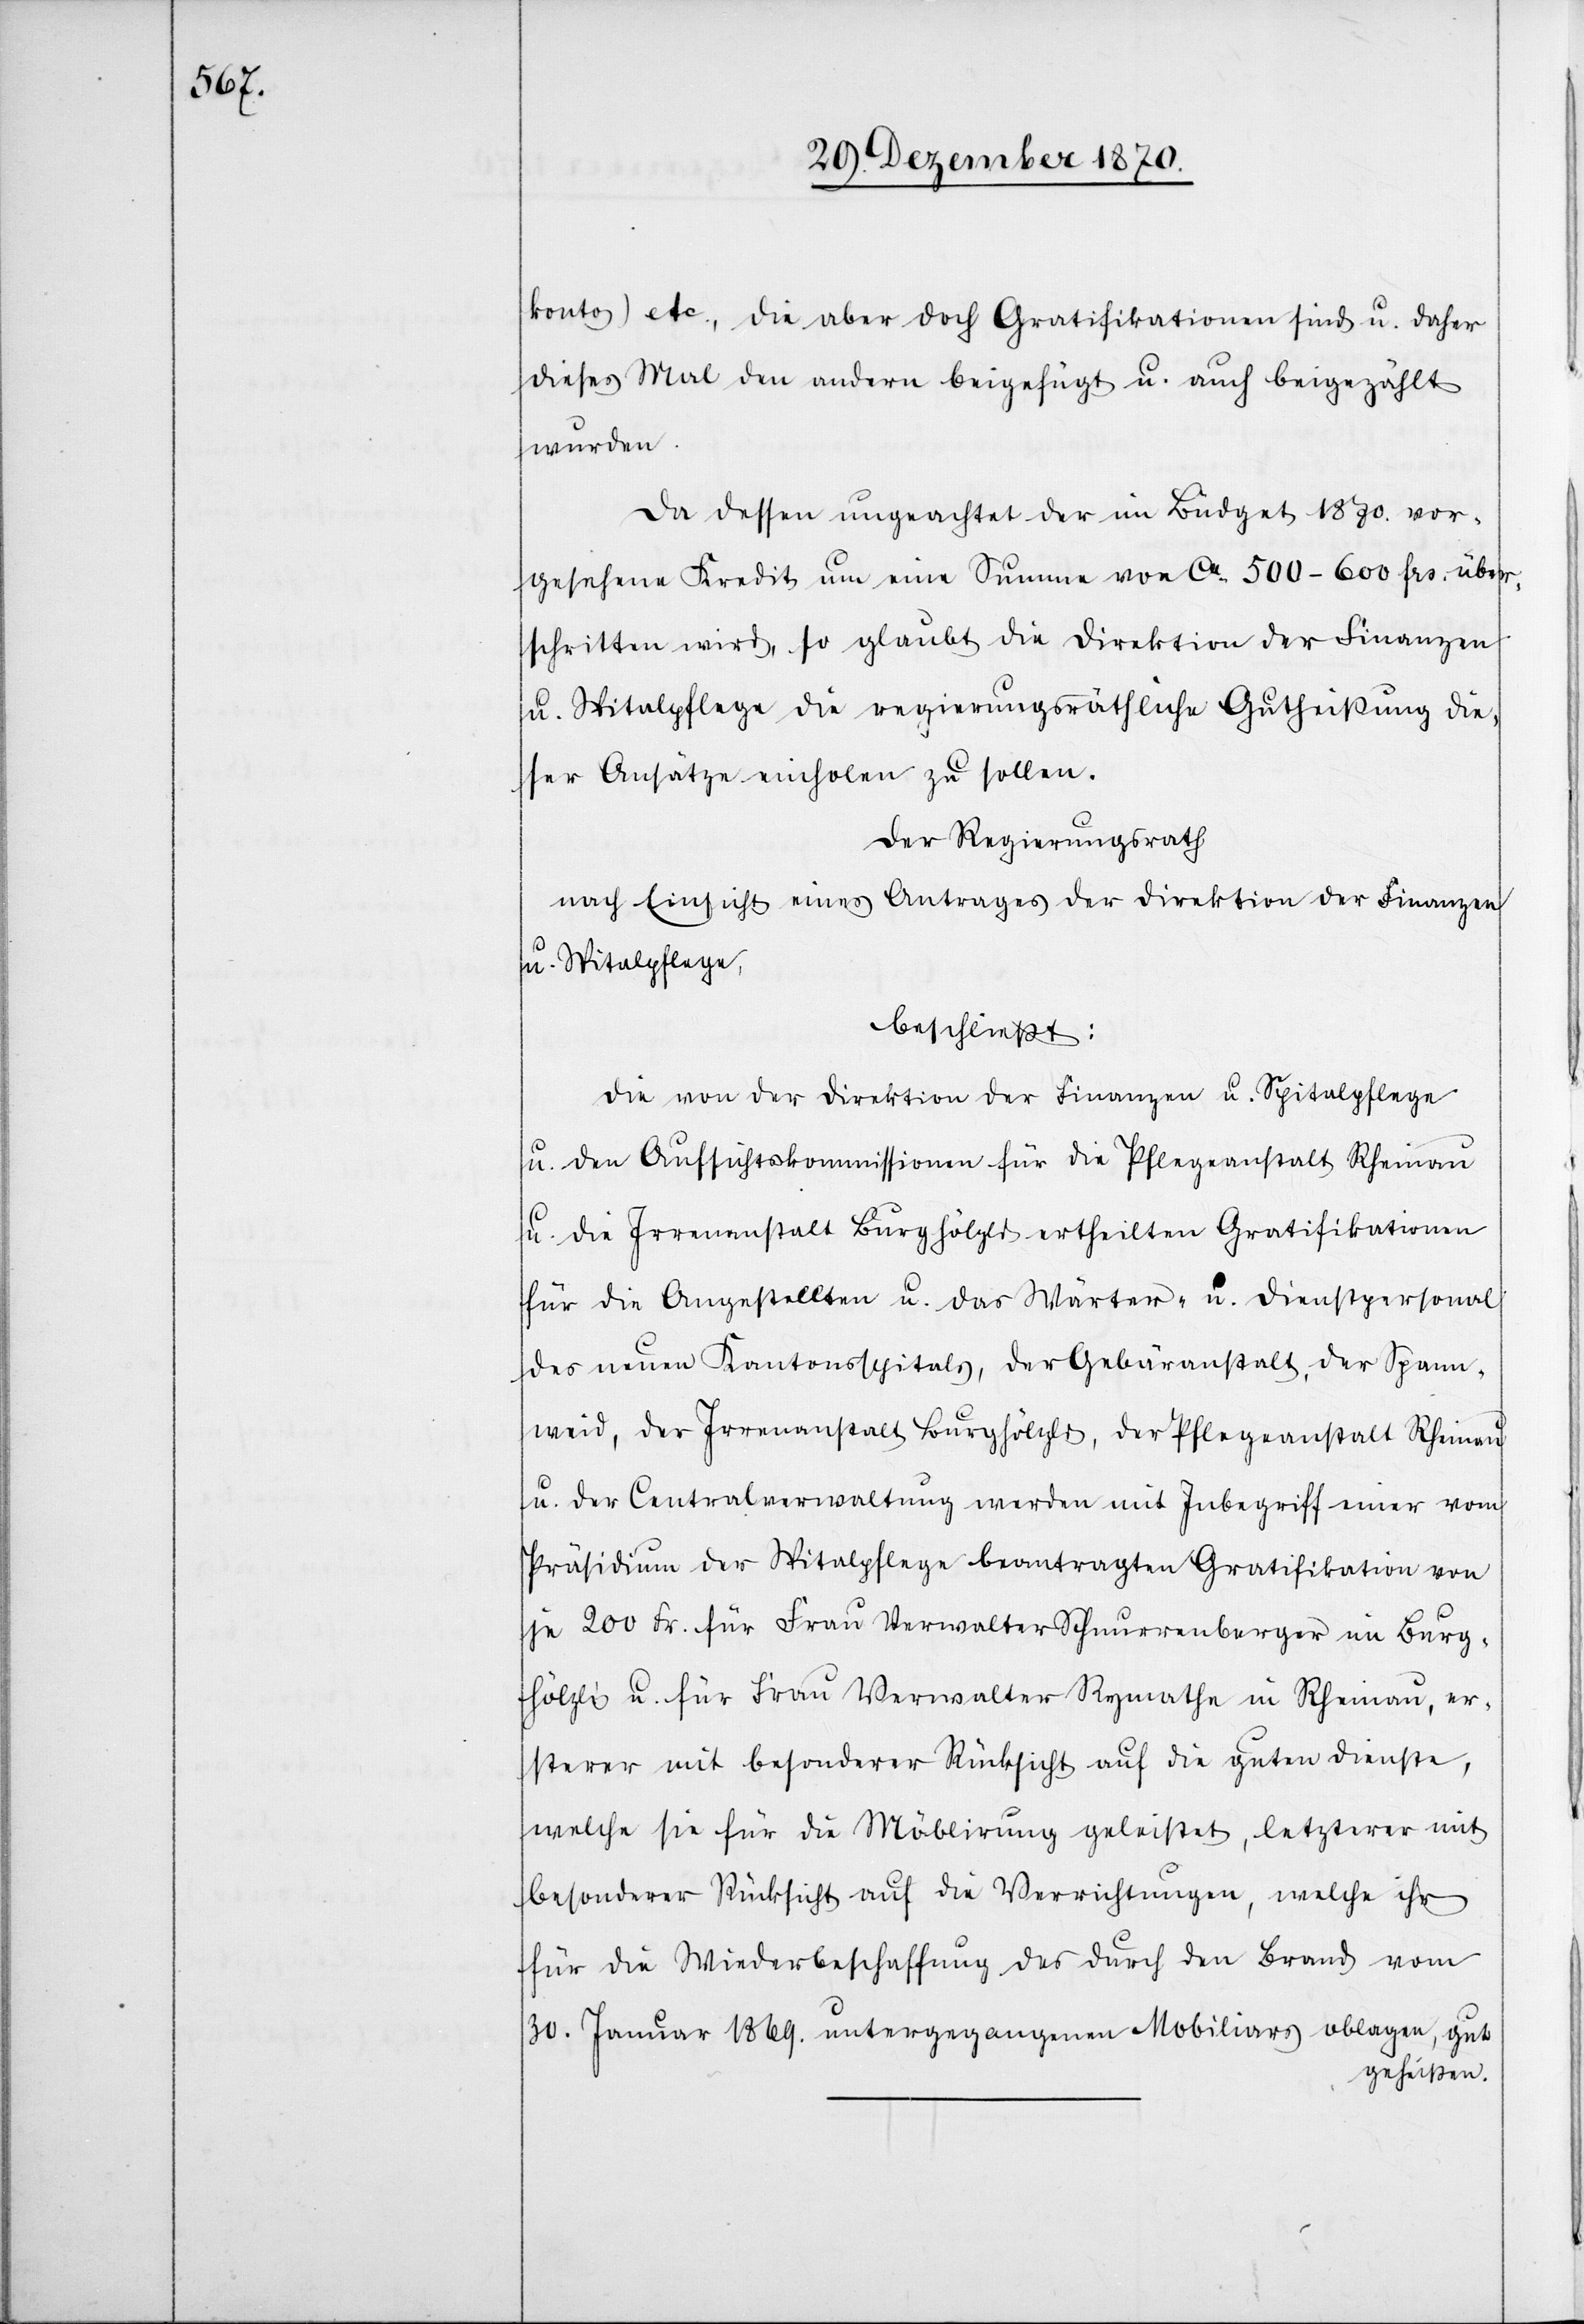
konto) etc., die aber doch Gratifikationen sind u. daher
dieses Mal den andern beigefügt u. auch beigezählt
wurden.
Da dessen ungeachtet der im Büdget 1870. vor¬
gesehene Kredit um eine Summe von ca. 500–600 Frs. über¬
schritten wird, so glaubt die Direktion der Finanzen
u. Spitalpflege die regierungsräthliche Gutheißung die¬
ser Ansätze einholen zu sollen.
Der Regierungsrath
nach Einsicht eines Antrages der Direktion der Finanzen
u. Spitalpflege,
beschließt:
Die von der Direktion der Finanzen u. Spitalpflege
u. den Aufsichtskommissionen für die Pflegeanstalt Rheinau
u. die Irrenanstalt Burghölzli ertheilten Gratifikationen
für die Angestellten u. das Wärter- u. Dienstpersonal
des neuen Kantonsspitals, der Gebäranstalt, der Spann¬
weid, der Irrenanstalt Burghölzli, der Pflegeanstalt Rheinau
u. der Centralverwaltung werden mit Inbegriff einer vom
Präsidium der Spitalpflege beantragten Gratifikation von
je 200 Fr: für Frau Verwalter Schnurrenberger im Burg¬
hölzli u. für Frau Verwalter Rymathe in Rheinau, er¬
sterer mit besonderer Rücksicht auf die guten Dienste,
welche sie für die Möblirung geleistet, letzterer mit
besonderer Rücksicht auf die Verrichtungen, welche ihr
für die Wiederbeschaffung des durch den Brand vom
30. Januar 1869. untergegangenen Mobiliars oblagen, gut
geheißen.